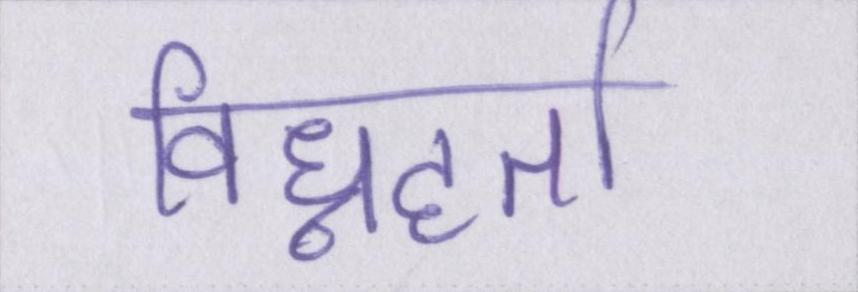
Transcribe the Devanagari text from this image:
विघ्नहर्ता